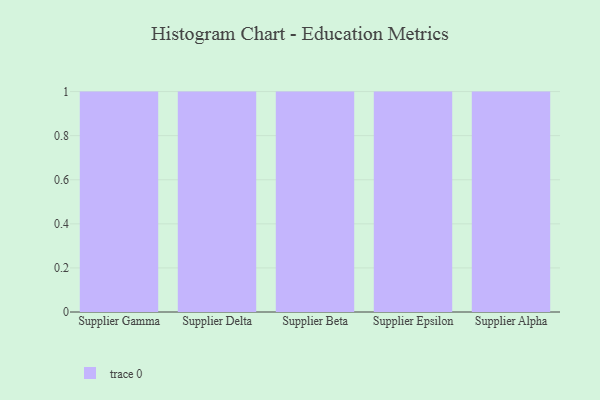
{"axis": {"x": "Supplier", "y": "Tickets Resolved"}, "legend": [""], "data": [{"x": "Supplier Gamma", "y": 4, "type": ""}, {"x": "Supplier Delta", "y": 74, "type": ""}, {"x": "Supplier Beta", "y": 89, "type": ""}, {"x": "Supplier Epsilon", "y": 84, "type": ""}, {"x": "Supplier Alpha", "y": 32, "type": ""}]}